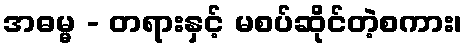
အဓမ္မ - တရားနှင့် မစပ်ဆိုင်တဲ့စကား၊